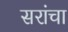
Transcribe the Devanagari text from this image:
सरांचा